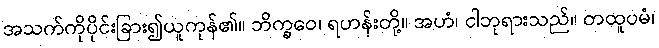
အသက်ကိုပိုင်းခြား၍ယူကုန်၏။ ဘိက္ခဝေ၊ ရဟန်းတို့။ အဟံ၊ ငါဘုရားသည်။ တထူပမံ၊